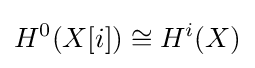
H^{0}(X[i])\cong H^{i}(X)